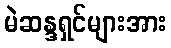
မဲဆန္ဒရှင်များအား